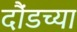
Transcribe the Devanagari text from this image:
दौंडच्या